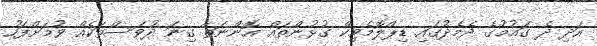
އަދި ދެ ގައުމުގެ ދެމެދުގައި ޑިޕްލޮމެޓިކް ގުޅުންތައް އޮންނަތާ ގިނަ ދުވަސްތަކެއް ވުމަށްފަހު